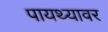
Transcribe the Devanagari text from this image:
पायथ्यावर